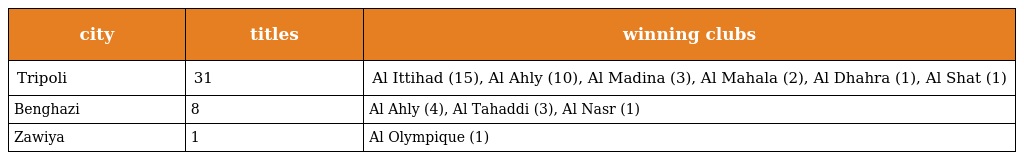
| city | titles | winning clubs |
 | --- | --- | --- |
 | Tripoli | 31 | Al Ittihad (15), Al Ahly (10), Al Madina (3), Al Mahala (2), Al Dhahra (1), Al Shat (1) |
 | Benghazi | 8 | Al Ahly (4), Al Tahaddi (3), Al Nasr (1) |
 | Zawiya | 1 | Al Olympique (1) |